Note on the mental hospitals in Burma - 1925-1940
Year: 1925
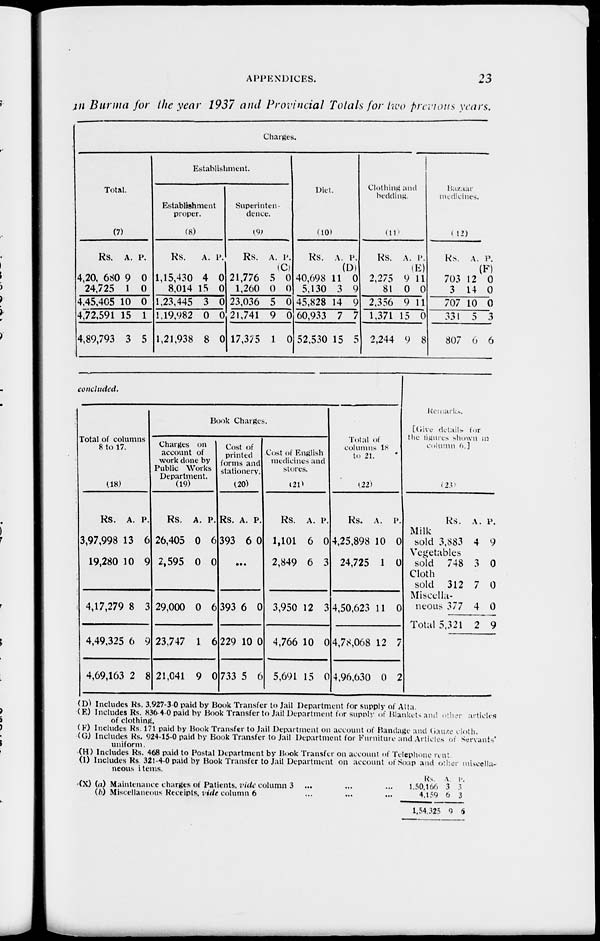
APPENDICES.
23
in Burma for the year 1937 and Provincial Totals for two previous years.
Charges.
Total.
(7)
Rs.
4,20, 680
24,725
4,45,405
4,72,591
4,89,793
A.
9
1
10
15
3
P.
0
0
0
1
5
Establishment.
Establishment
proper.
(8)
Rs.
1,15,430
8,014
1,23,445
1,19,982
1,21,938
A.
4
15
3
0
8
P.
0
0
0
0
0
Superinten-
dence.
(9)
Rs. A. P.
(C)
21,776
1,260
23,036
21,741
17,375
5
0
5
9
1
0
0
0
0
0
Diet.
(10)
Rs. A. P.
(D)
40,698
5,130
45,828
60,933
52,530
11
3
14
7
15
0
9
9
7
5
Clothing and
bedding.
(11)
Rs. A. P.
(E)
2,275
81
2,356
1,371
2,244
9
0
9
15
9
11
0
11
0
8
Bazaar
medicines.
(12)
Rs. A. P.
(F)
703
3
707
331
807
12
14
10
5
6
0
0
0
3
6
concluded.
Total of columns
8 to 17.
(18)
Rs.
3,97,998
19,280
A.
13
10
P.
6
9
4,17,279 8 3
4,49,325
4,69,163
6
2
9
8
Book Charges.
Charges on
account of
work done by
Public Works
Department.
(19)
Rs.
26,405
2,595
A.
0
0
P.
6
0
29,000 0 6
23,747
21,041
1
9
6
0
Cost of
printed
forms and
stationery.
(20)
Rs.
393
A.
6
P.
0
...
393
229
733
6
10
5
0
0
6
Cost of English
medicines and
stores.
(21)
Rs.
1,101
2,849
A.
6
6
P.
0
3
3,950 12 3
4,766
5,691
10
15
0
0
Total of
columns 18
to 21.
(22)
Rs.
4,25,898
24,725
A.
10
1
P.
0
0
4,50,623 11 0
4,78,068
4,96,630
12
0
7
2
Remarks.
[Give details for
the figures shown in
column 6.]
(23)
Milk
sold
Vegetables
sold
Cloth
sold
Miscella-
neous
Total
Rs.
3,883
748
312
377
5,321
A.
4
3
7
4
2
P.
9
0
0
0
9
(D) Includes Rs. 3,927-3-0 paid by Book Transfer to Jail Department for supply of Atta.
(E) Includes Rs. 836-4-0 paid by Book Transfer to Jail Department for supply of Blankets and other articles
of clothing.
(F) Includes Rs. 171 paid by Book Transfer to Jail Department on account of Bandage and Gauze cloth.
(G) Includes Rs. 924-15-0 paid by Book Transfer to Jail Department for Furniture and Articles of Servants'
uniform.
(H) Includes Rs. 468 paid to Postal Department by Book Transfer on account of Telephone rent
(I) Includes Rs.321-4-0 paid by Book Transfer to Jail Department on account of Soap and other miscella-
neous items.
(X) (a) Maintenance charges of Patients, vide column 3 ... ... ...
(b) Miscellaneous Receipts, vide column 6 ... ... ...
Rs.
1,50,166
4,159
1,54,325
A.
3
6
9
P.
3
3
6